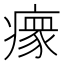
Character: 𬏺